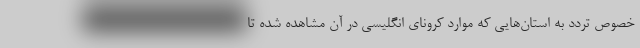
خصوص تردد به استان‌هایی که موارد کرونای انگلیسی در آن مشاهده شده تا